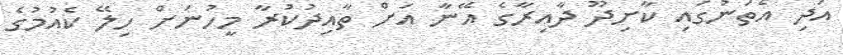
އަދި އެތަނުގައި ކާށިދޫ ދާއިރާގެ އޭނާ އަށް ތާއިދުކުރާ މީހުނަށް ހިލޭ ކެއުމުގެ